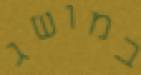
במושג